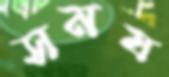
সময